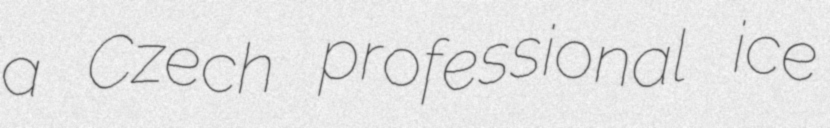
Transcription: a Czech professional ice